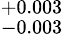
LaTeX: ^{+0.003}_{-0.003}